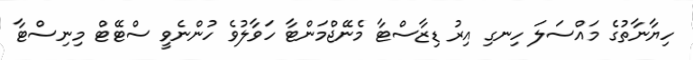
ހިޔާނާތުގެ މައްސަލަ ހިނގި އިރު ޑިޒާސްޓާ މެނޭޖްމަންޓާ ހަވާލުވެ ހުންނެވީ ސްޓޭޓް މިނިސްޓާ